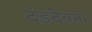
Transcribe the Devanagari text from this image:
दंडदेवता